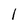
Character: 1